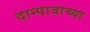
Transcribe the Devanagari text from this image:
दान्पात्राच्या